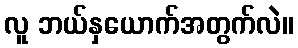
လူ ဘယ်နှယောက်အတွက်လဲ။